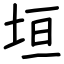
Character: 垣